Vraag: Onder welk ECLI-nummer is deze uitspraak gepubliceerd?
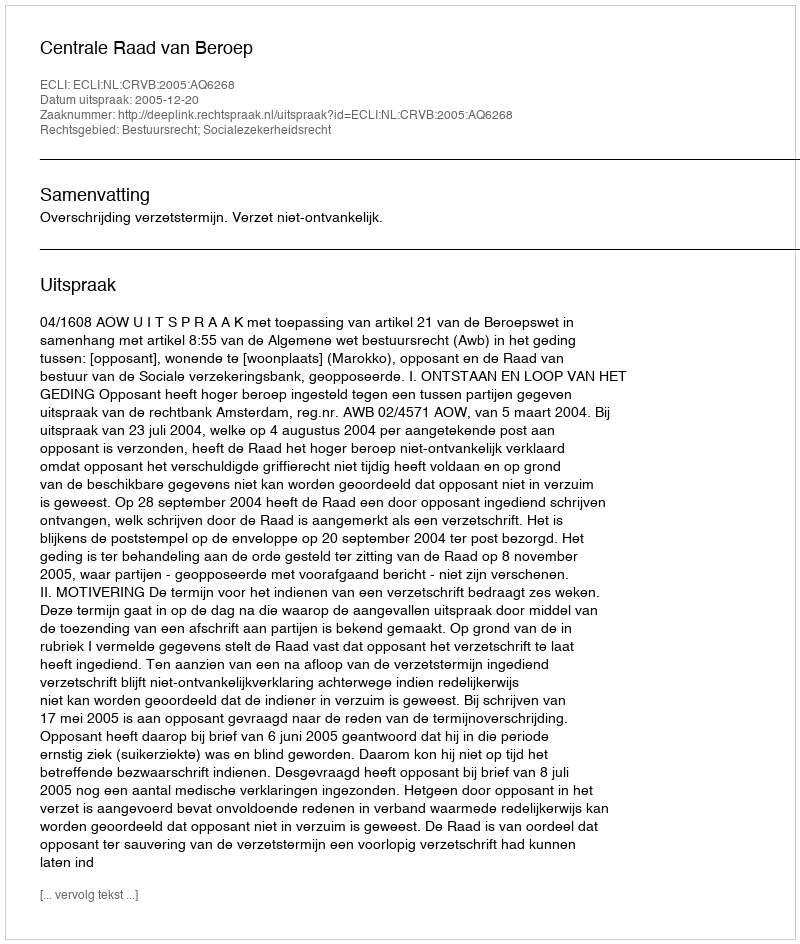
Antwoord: ECLI:NL:CRVB:2005:AQ6268